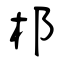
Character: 郴